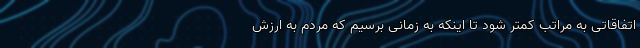
اتفاقاتی به مراتب کمتر شود تا اینکه به زمانی برسیم که مردم به ارزش